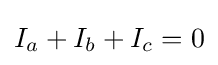
I_{a}+I_{b}+I_{c}=0